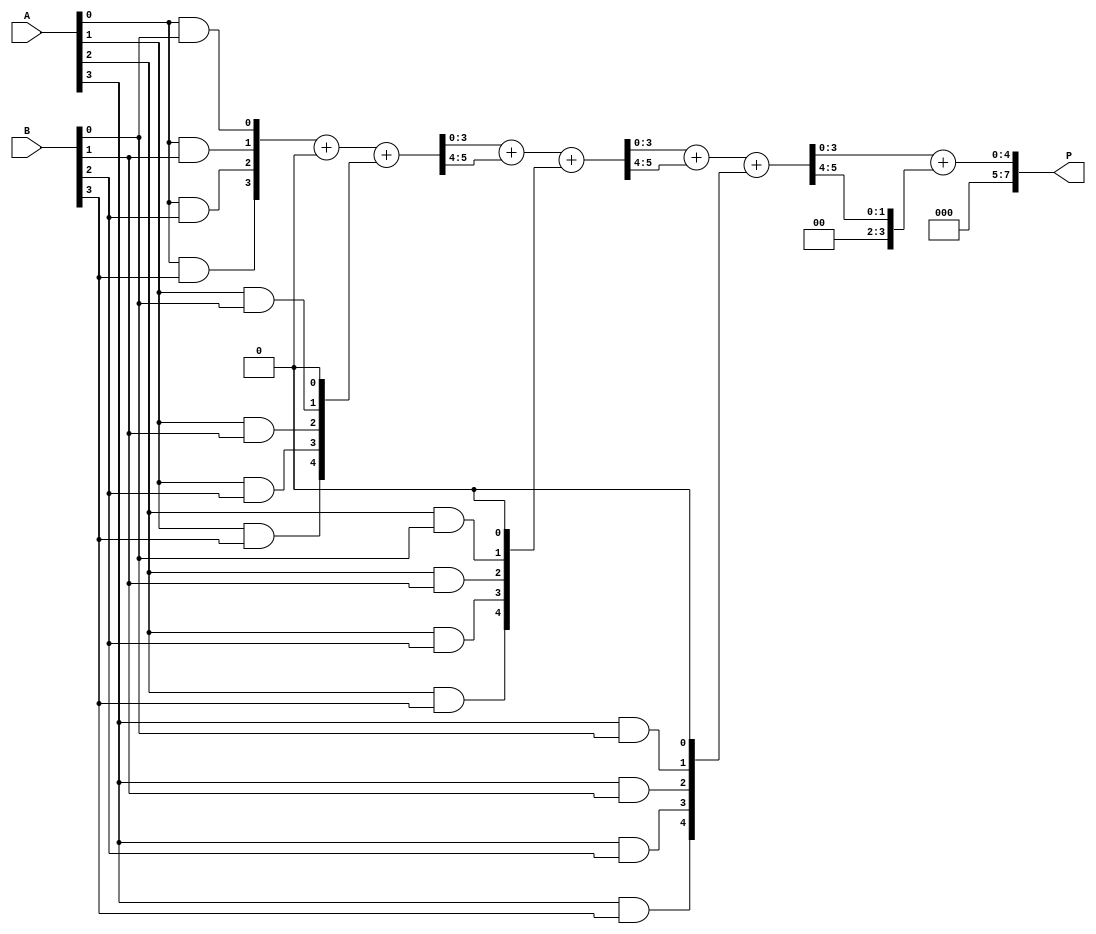
module wallace_tree_multiplier #(parameter N = 4) (
    input [N-1:0] A,
    input [N-1:0] B,
    output reg [2*N-1:0] P
);
    
    // Generate Partial Products
    wire [N-1:0] pp [0:N-1]; // Partial product matrix

    genvar i, j;
    generate
        for (i = 0; i < N; i = i + 1) begin : gen_partial_products
            for (j = 0; j < N; j = j + 1) begin : and_gate
                assign pp[i][j] = A[i] & B[j];
            end
        end
    endgenerate

    // Wallace Tree Reduction
    wire [N-1:0] sum_row [0:N-1]; // Sum outputs
    wire [N-1:0] carry_row [0:N-1]; // Carry outputs

    // Initial Sum and Carry Rows
    assign sum_row[0] = pp[0];
    assign carry_row[0] = 0;

    // Reduction Process
    generate
        for (i = 1; i < N; i = i + 1) begin : reduce_stage
            wire [N-1:0] temp_sum;
            wire [N-1:0] temp_carry;

            // 3-to-2 compressor
            assign {temp_carry, temp_sum} = sum_row[i-1] + carry_row[i-1] + {pp[i], 1'b0}; // Shift partial product
            
            assign sum_row[i] = temp_sum;
            assign carry_row[i] = temp_carry;
        end
    endgenerate

    // Final Addition using Carry Propagate Adder
    wire [N:0] final_sum;
    wire final_carry;

    assign {final_carry, final_sum} = sum_row[N-1] + carry_row[N-1];

    always @(*) begin
        P = {final_carry, final_sum}; // Final product
    end

endmodule